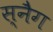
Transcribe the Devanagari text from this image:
स्नैग